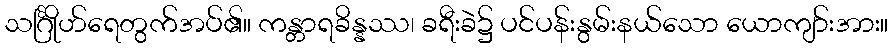
သင်္ဂြိုဟ်ရေတွက်အပ်၏။ ကန္တာရခိန္နဿ၊ ခရီးခဲ၌ ပင်ပန်းနွမ်းနယ်သော ယောကျာ်းအား။